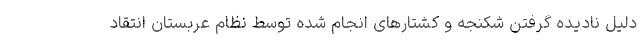
دلیل نادیده گرفتن شکنجه و کشتارهای انجام شده توسط نظام عربستان انتقاد